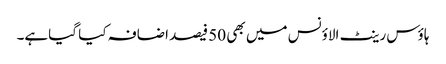
ہاؤس رینٹ الاؤنس میں بھی 50 فیصد اضافہ کیا گیاہے۔